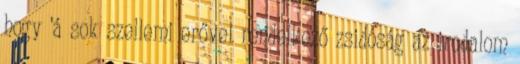
hogy 'á sok szellemi erővel rendelkező zsidóság az irodalom